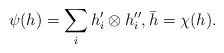
\begin{align*}\psi(h) = \sum_i h'_i\otimes h_i'',\bar{h} = \chi(h).\end{align*}